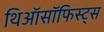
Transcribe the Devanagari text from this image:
थिऑसॉफिस्ट्स